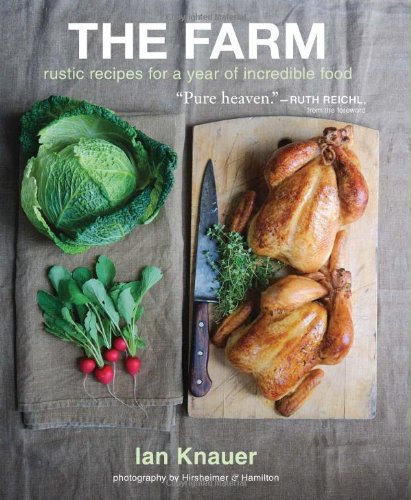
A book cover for The Farm: Rustic Recipes for a Year of Incredible Food; Ian Knauer; Cookbooks, Food & Wine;